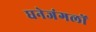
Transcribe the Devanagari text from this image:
घनेजंगलों